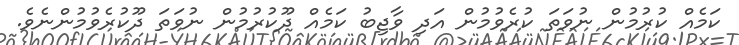
ކަމެއް ކުރުމުން ނުވަތަ ކުރެވުމުން އަދި ވާޖިބު ކަމެއް ދޫކުރުމުން ނުވަތަ ދޫކުރެވުމުންނެވެ.